Vaccine operations Central Provinces 1900-1911 - 1900-1911
Year: 1900
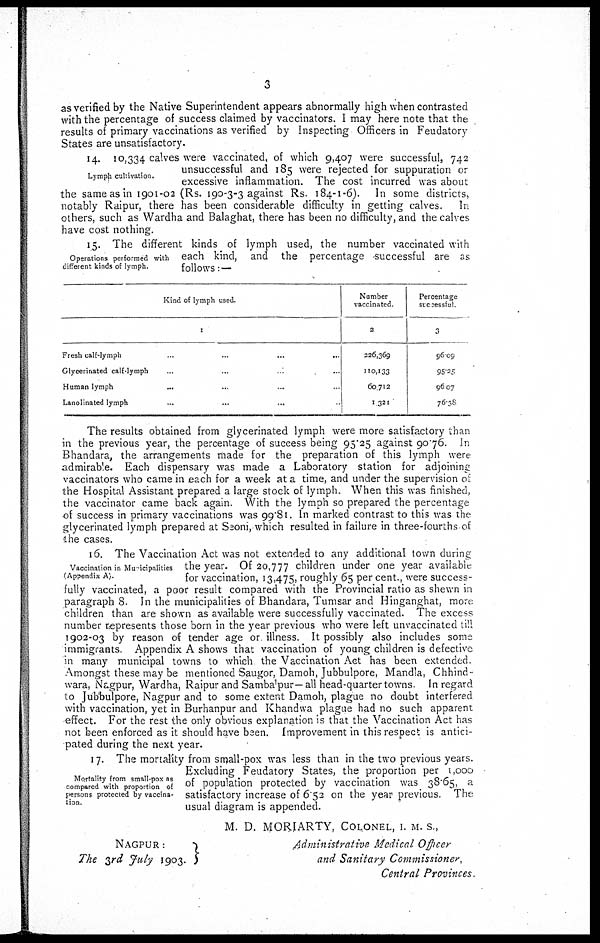
3
as verified by the Native Superintendent appears abnormally high when contrasted
with the percentage of success claimed by vaccinators. I may here note that the
results of primary vaccinations as verified by Inspecting Officers in Feudatory
States are unsatisfactory.
Lymph cultivation.
14. 10,334 calves were vaccinated, of which 9,407 were successful, 742
unsuccessful and 185 were rejected for suppuration or
excessive inflammation. The cost incurred was about
the same as in 1901-02 (Rs. 190-3-3 against Rs. 184-1-6). In some districts,
notably Raipur, there has been considerable difficulty in getting calves. In
others, such as Wardha and Balaghat, there has been no difficulty, and the calves
have cost nothing.
Operations performed with
different kinds of lymph.
15. The different kinds of lymph used, the number vaccinated with
each kind, and the percentage successful are as
follows:—
Kind of lymph used.
1
Fresh calf-lymph ... ... ...
Glycerinated calf lymph ... ... ...
Human lymph ... ... ... ...
Lanolinated lymph ... ... ... ...
Number
vaccinated.
2
226,369
110,133
60,712
1,321
Percentage
successful
3
96.09
95.25
96.07
76.38
The results obtained from glycerinated lymph were more satisfactory than
in the previous year, the percentage of success being 95.25 against 90.76. In
Bhandara, the arrangements made for the preparation of this lymph were
admirab'e. Each dispensary was made a Laboratory station for adjoining
vaccinators who came in each for a week at a time, and under the supervision of
the Hospital Assistant prepared a large stock of lymph. When this was finished,
the vaccinator came back again. With the lymph so prepared the percentage
of success in primary vaccinations was 99.81. In marked contrast to this was the
glycerinated lymph prepared at Seoni, which resulted in failure in three-fourths of
the cases.
Vaccination in Municipalities
( Appendix A).
16. The Vaccination Act was not extended to any additional town during
the year. Of 20,777 children under one year available
for vaccination, 13,475, roughly 65 per cent., were success-
fully vaccinated, a poor result compared with the Provincial ratio as shewn in
paragraph 8. In the municipalities of Bhandara, Tumsar and Hinganghat, more
children than are shown as available were successfully vaccinated. The excess
number represents those born in the year previous who were left unvaccinated till
1902-03 by reason of tender age or illness. It possibly also includes some
immigrants Appendix A shows that vaccination of young children is defective
in many municipal towns to which the Vaccination Act has been extended
Amongst these may be mentioned Saugor, Damoh, Jubbulpore, Mandla, Chhind¬
wara, Nagpur, Wardha, Raipur and Sambalpur— all head-quarter towns. In regard
to Jubbulpore, Nagpur and to some extent Damoh, plague no doubt interfered
with vaccination, yet in Burhanpur and Khandwa plague had no such apparent
effect. For the rest the only obvious explanation is that the Vaccination Act has
not been enforced as it should have been. Improvement in this respect is antici-
pated during the next year.
Mortality from small-pox as
compared with proportion of
persons protected by vaccina-
tion.
17. The mortality from small-pox was less than in the two previous years.
Excluding Feudatory States, the proportion per 1,000
of population protected by vaccination was 38.65, a
satisfactory increase of 6.52 on the year previous. The
usual diagram is appended.
M. D. MORIARTY, COLONEL, I. M. S.,
Administrative Medical Officer
NAGPUR :
The 3rd July 1903.
Administrative Medical Officer
and Sanitary Commissioner,
Central Provinces.